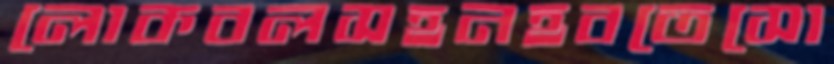
লোকবলসহনহবতেসো